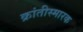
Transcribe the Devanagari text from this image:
क्रांतीस्मारक